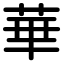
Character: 華